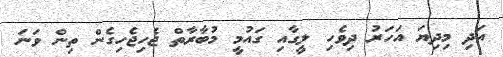
އަދި މިދިޔަ އަހަރު ދިވެހި ލީގާއި ގައުމީ މުބާރާތް ޖެހިޖެހިގެން ތިން ވަނަ